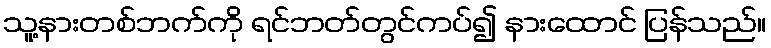
သူ့နားတစ်ဘက်ကို ရင်ဘတ်တွင်ကပ်၍ နားထောင် ပြန်သည်။